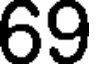
69